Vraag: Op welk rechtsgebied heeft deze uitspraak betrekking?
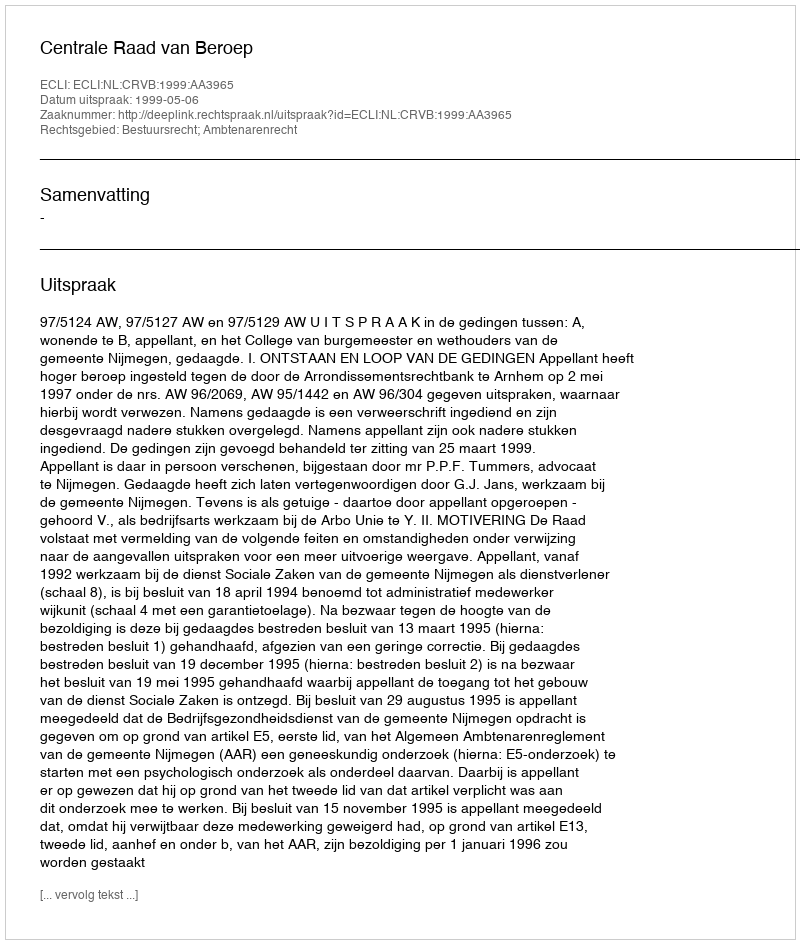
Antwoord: Bestuursrecht; Ambtenarenrecht